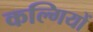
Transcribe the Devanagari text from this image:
कल्गियों